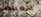
العيادات